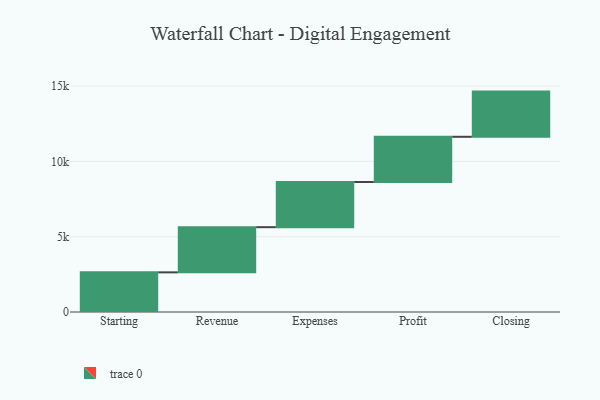
{"axis": {"x": "Step", "y": "Value"}, "legend": [""], "data": [{"x": "Starting", "y": 2632.0, "type": ""}, {"x": "Revenue", "y": 3000, "type": ""}, {"x": "Expenses", "y": 3000, "type": ""}, {"x": "Profit", "y": 3000, "type": ""}, {"x": "Closing", "y": 3000, "type": ""}]}